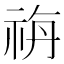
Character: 𥙡